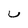
Character: U